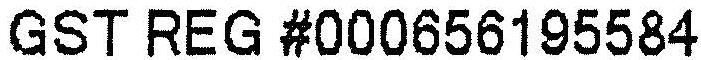
GST REG #000656195584